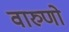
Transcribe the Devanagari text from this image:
वारुणो